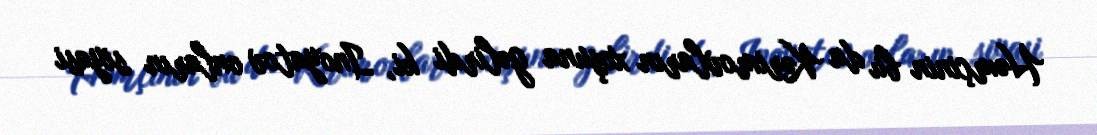
Həmçinin bu da Kərimovların xoşuna gəlirdi ki, Inoyatov onların siyasi